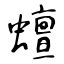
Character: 蟺